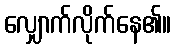
လျှောက်လိုက်နေ၏။